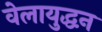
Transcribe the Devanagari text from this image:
वेलायुद्धन